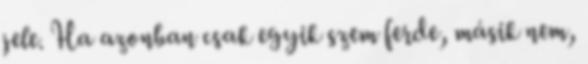
jele. Ha azonban csak egyik szem ferde, másik nem,